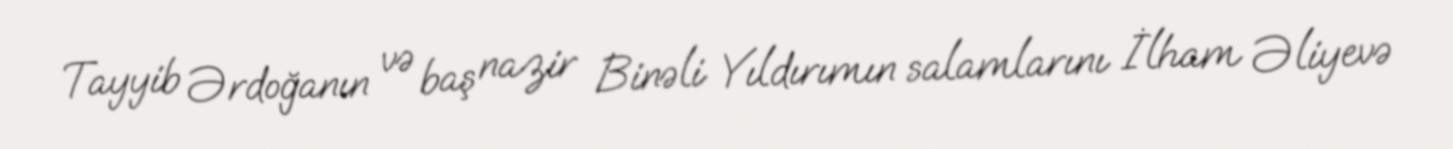
Tayyib Ərdoğanın və baş nazir Binəli Yıldırımın salamlarını İlham Əliyevə